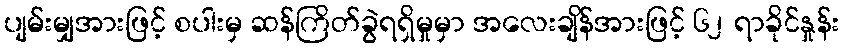
ပျမ်းမျှအားဖြင့် စပါးမှ ဆန်ကြိတ်ခွဲရရှိမှုမှာ အလေးချိန်အားဖြင့် ၆၂ ရာခိုင်နှုန်း